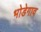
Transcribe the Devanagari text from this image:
भोडेगाव